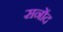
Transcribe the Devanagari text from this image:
सनोंद